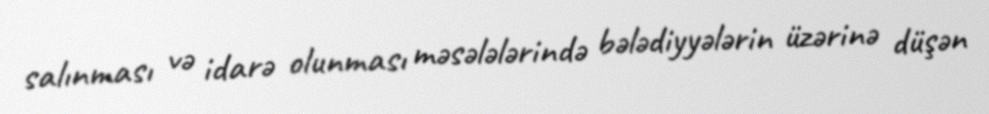
salınması və idarə olunması məsələlərində bələdiyyələrin üzərinə düşən